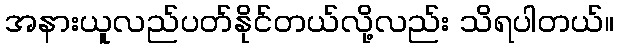
အနားယူလည်ပတ်နိုင်တယ်လို့လည်း သိရပါတယ်။